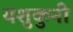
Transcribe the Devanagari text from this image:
यशुकुनी